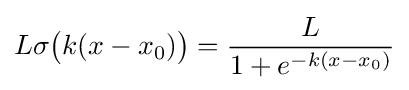
L\sigma {\big (}k(x-x_{0}){\big )}={\frac {L}{1+e^{-k(x-x_{0})}}}